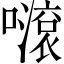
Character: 𡁺